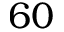
6 0